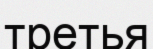
третья